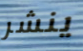
ينشر